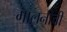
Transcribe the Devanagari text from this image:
मालनीची